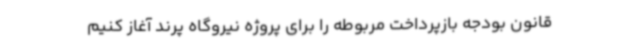
قانون بودجه بازپرداخت مربوطه را برای پروژه نیروگاه پرند آغاز کنیم